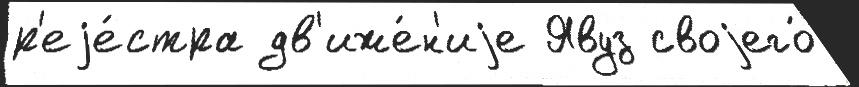
р'еjе́стра дв'иже́н'иjе Явуз своjего́